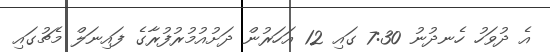
އެ ދުވަހު ހެނދުނު 7:30 ގައި 12 އަހަރުން ދަށުއުމުރުފުރާގެ ފައިނަލް މެޗުގައި